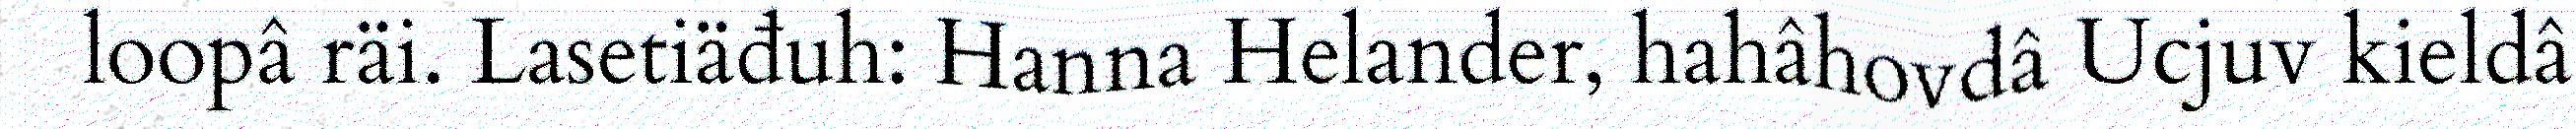
loopâ räi. Lasetiäđuh: Hanna Helander, hahâhovdâ Ucjuv kieldâ